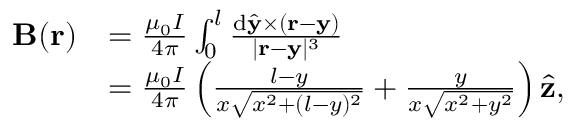
\begin{array} { r l } { \mathbf { B } ( \mathbf { r } ) } & { = \frac { \mu _ { 0 } I } { 4 \pi } \int _ { 0 } ^ { l } \frac { \mathrm { d } \hat { \mathbf { y } } \times ( \mathbf { r } - \mathbf { y } ) } { | \mathbf { r } - \mathbf { y } | ^ { 3 } } } \\ & { = \frac { \mu _ { 0 } I } { 4 \pi } \left( \frac { l - y } { x \sqrt { x ^ { 2 } + ( l - y ) ^ { 2 } } } + \frac { y } { x \sqrt { x ^ { 2 } + y ^ { 2 } } } \right) \hat { \mathbf { z } } , } \end{array}